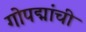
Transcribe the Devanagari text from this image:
गोपद्मांची